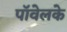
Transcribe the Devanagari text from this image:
पॉवेलके